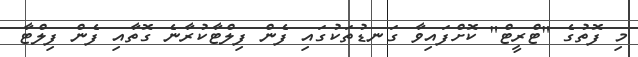
މި ފޮތުގެ "ޓްރީޓް" ކޮށްފައިވާ ގަނޑުތަކުގައި ފެން ފިލްޓާކުރާނެ ގޮތާއި ފެން ފިލްޓާ